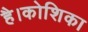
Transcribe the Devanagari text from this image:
है।कोशिका